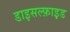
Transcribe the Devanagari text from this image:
डाइसल्फ़ाइ़ड